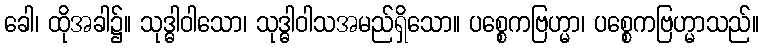
ခေါ၊ ထိုအခါ၌။ သုဒ္ဓါဝါသော၊ သုဒ္ဓါဝါသအမည်ရှိသော။ ပစ္စေကဗြဟ္မာ၊ ပစ္စေကဗြဟ္မာသည်။